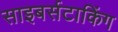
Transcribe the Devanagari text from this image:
साइबर्सटाकिंग